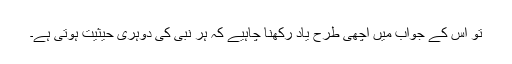
تو اس کے جواب میں اچھی طرح یاد رکھنا چاہیے کہ ہر نبی کی دوہری حیثیت ہوتی ہے۔